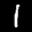
Label: 1